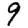
Digit: 9